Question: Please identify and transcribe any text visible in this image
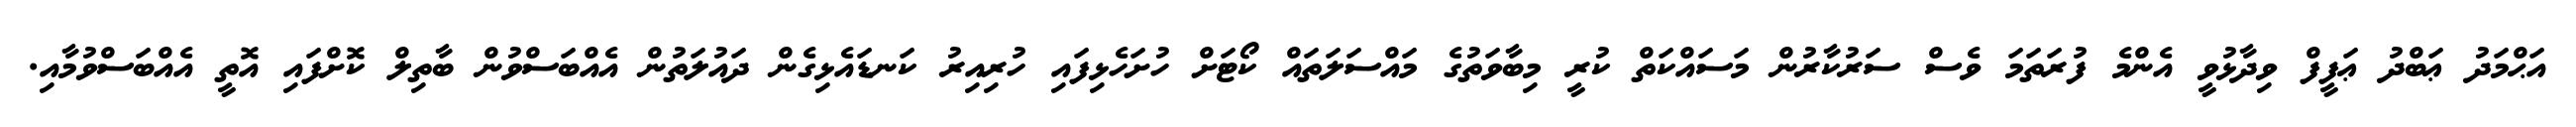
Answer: އަޙްމަދު ޢަބްދު ޢަފީފް ވިދާޅުވީ އެންމެ ފުރަތަމަ ވެސް ސަރުކާރުން މަސައްކަތް ކުރީ މިބާވަތުގެ މައްސަލަތައް ކޯޓަށް ހުށަހެޅިފައި ހުރިއިރު ކަނޑައެޅިގެން ދައުލަތުން އެއްބަސްވުން ބާތިލް ކޮށްފައި އޮތީ އެއްބަސްވުމާއި.